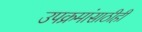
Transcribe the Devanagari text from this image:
उपक्रमांसाठीही